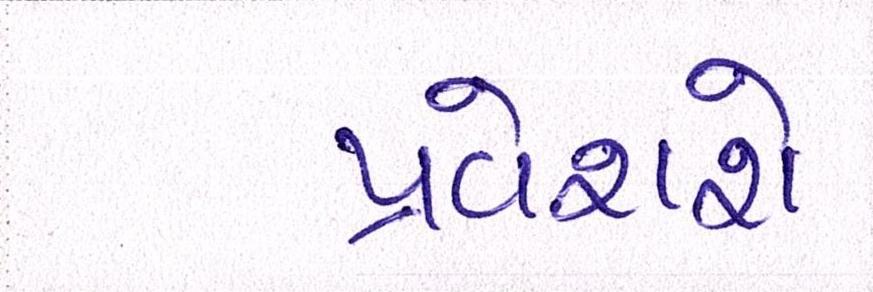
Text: પ્રવેશશે